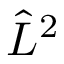
{ \hat { L } } ^ { 2 }